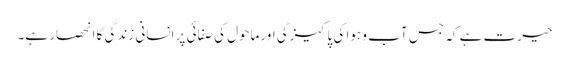
حیرت ہے کہ جس آب و ہوا کی پاکیزگی اورماحول کی صفائی پر انسانی زندگی کا انحصار ہے۔